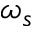
\omega _ { s }